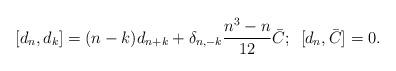
LaTeX: \begin{align*}[d_{n},d_{k}]=(n-k)d_{n+k}+\delta_{n,-k}\dfrac{n^{3}-n}{12}\bar{C}; \,\,\, [d_{n},\bar{C}]=0.\end{align*}